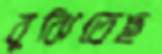
বুঝিতেছ